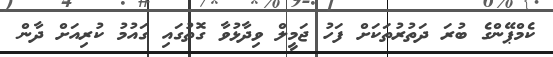
ކެމްޕޭންގެ ބުރަ ދަތުރުތަކަށް ފަހު ޖަމީލް ވިދާޅުވާ ގޮތުގައި ގައުމު ކުރިއަށް ދާން